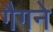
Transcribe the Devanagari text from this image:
गैगने